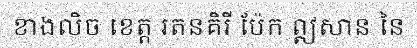
ខាងលិច ខេត្ត រតនគិរី ប៉ែក ឦសាន នៃ